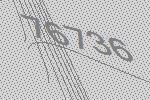
76736